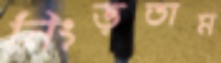
নিংড়তাম